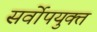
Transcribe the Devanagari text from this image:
सर्वोपयुक्त